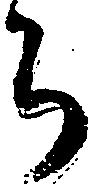
ち